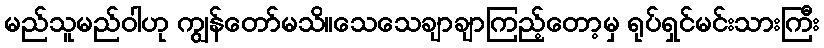
မည်သူမည်ဝါဟု ကျွန်တော်မသိ။သေသေချာချာကြည့်တော့မှ ရုပ်ရှင်မင်းသားကြီး